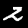
Digit: 2